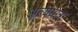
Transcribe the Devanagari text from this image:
अत्यंयात्रा